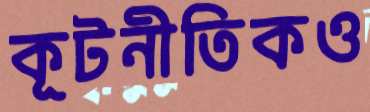
কূটনীতিকও